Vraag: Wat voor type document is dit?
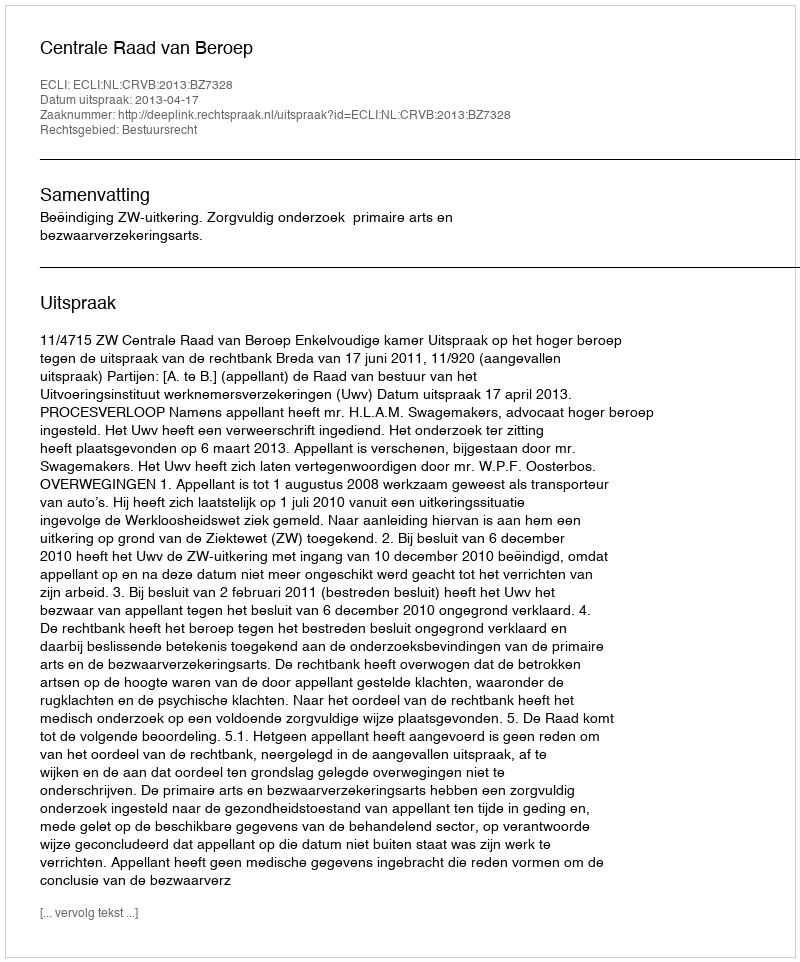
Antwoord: Uitspraak